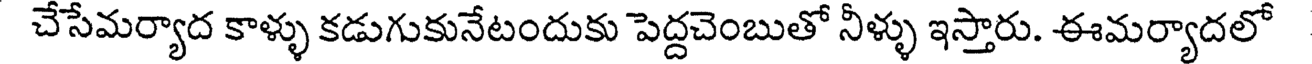
చేసేమర్యాద కాళ్ళు కడుగుకునేటందుకు పెద్దచెంబుతో నీళ్ళు ఇస్తారు. ఈమర్యాదలో